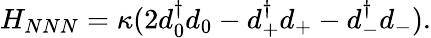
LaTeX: H_{NNN}=\kappa(2d_{0}^{\dagger}d_{0}-d_{+}^{\dagger}d_{+}-d_{-}^{\dagger}d_{-}).